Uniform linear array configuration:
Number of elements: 16
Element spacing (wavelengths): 1
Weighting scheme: blackman
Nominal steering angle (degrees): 0
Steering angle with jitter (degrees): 0.8722
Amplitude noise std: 0.05
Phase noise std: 0.05

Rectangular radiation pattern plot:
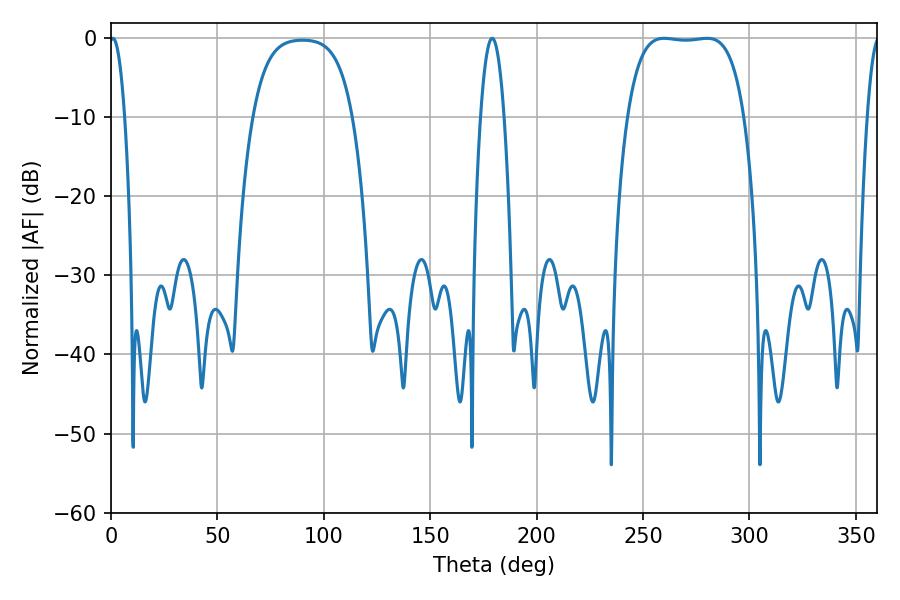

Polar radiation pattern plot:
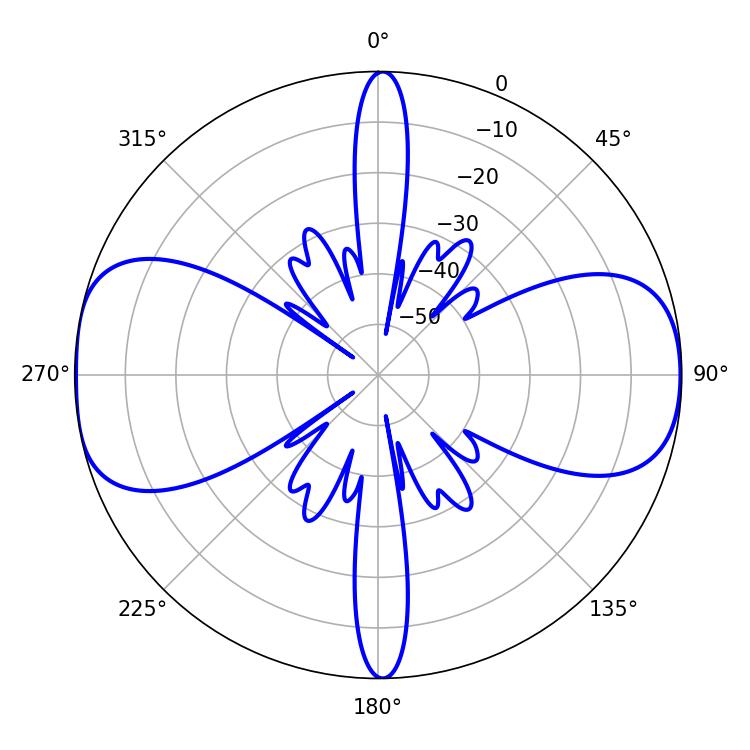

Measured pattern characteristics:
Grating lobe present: TRUE
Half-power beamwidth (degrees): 42.84
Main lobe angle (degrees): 259.92